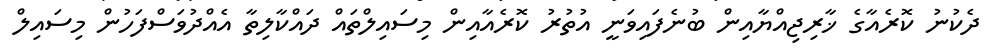
ދެކުނު ކޮރެއާގެ ޚާރިޖިއްޔާއިން ބުނެފައިވަނީ އުތުރު ކޮރެއާއިން މިސައިލްތައް ދައްކާލިތާ އެއްދުވަސްފަހުން މިސައިލް